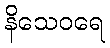
နိသေဝရေ